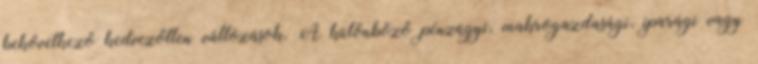
bekövetkező kedvezőtlen változások. A különböző pénzügyi, makrogazdasági, iparági vagy